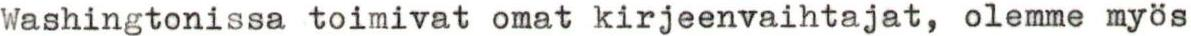
Washingtonissa toimivat omat kirjeenvaihtajat, olemme myös